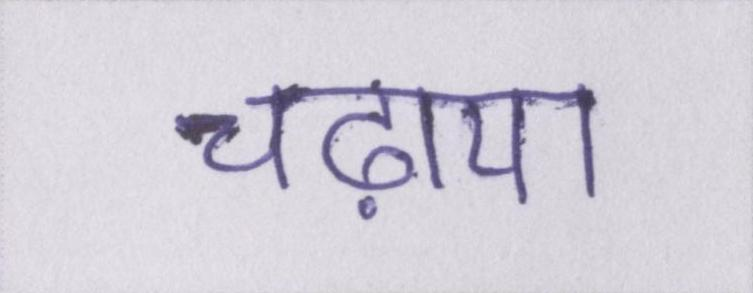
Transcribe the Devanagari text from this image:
चढ़ाया